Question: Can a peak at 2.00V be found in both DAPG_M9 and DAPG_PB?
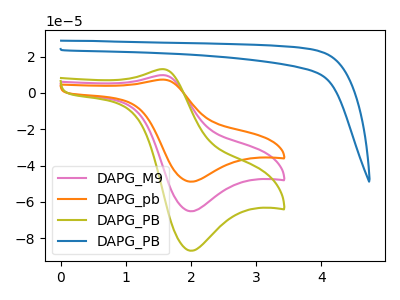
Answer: <think>The pink curve "DAPG_M9" has an anodic peak at (1.60V, 9.85uA) and a cathodic peak at (2.00V, -65.20uA). The orange curve "DAPG_pb" has an anodic peak at (1.60V, 7.40uA) and a cathodic peak at (2.00V, -48.90uA). The olive curve "DAPG_PB" has an anodic peak at (1.60V, 19.70uA) and a cathodic peak at (2.00V, -130.35uA). The blue curve "DAPG_PB" has no peaks.</think>
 <answer>Yes, "DAPG_M9" and "DAPG_PB" share a peak at 2.00V.</answer>
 <eval>match</eval>